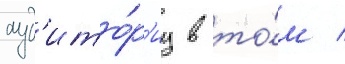
ауд'ито́р'иу в то́м /